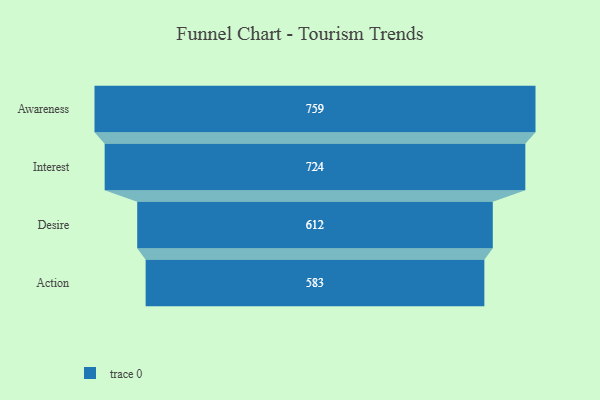
{"axis": {"x": "Stage", "y": "Value"}, "legend": [""], "data": [{"x": "Awareness", "y": 759.0, "type": ""}, {"x": "Interest", "y": 724.0, "type": ""}, {"x": "Desire", "y": 612.0, "type": ""}, {"x": "Action", "y": 583.0, "type": ""}]}